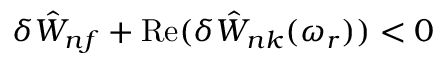
\delta { \hat { W } } _ { n f } + \mathrm { R e } ( \delta { \hat { W } } _ { n k } ( \omega _ { r } ) ) < 0